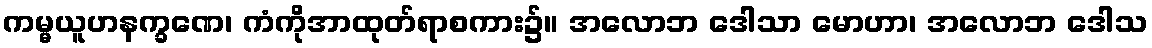
ကမ္မယူဟနက္ခဏေ၊ ကံကိုအာထုတ်ရာစကား၌။ အလောဘ ဒေါသာ မောဟာ၊ အလောဘ ဒေါသ